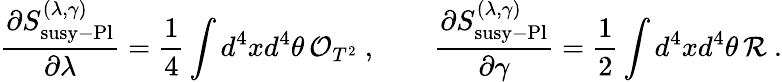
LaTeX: \frac{\partial S_{\mathrm{susy-Pl}}^{(\lambda,\gamma)}}{\partial\lambda}=\frac{1}{4}\int d^{4}xd^{4}\theta\, \mathcal{O}_{T^{2}}~,\qquad\frac{\partial S_{\mathrm{susy-Pl}}^{(\lambda,\gamma)}}{\partial\gamma}=\frac{1}{2}\int d^{4}xd^{4}\theta\, \mathcal R~.